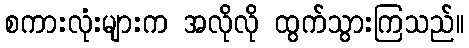
စကားလုံးများက အလိုလို ထွက်သွားကြသည်။